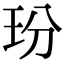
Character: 玢